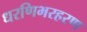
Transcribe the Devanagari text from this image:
धरणिभरहरण